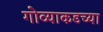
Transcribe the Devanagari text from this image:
गोव्याकडच्या